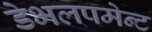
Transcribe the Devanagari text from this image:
डेभलपमेन्ट